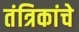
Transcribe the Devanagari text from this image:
तंत्रिकांचे